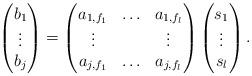
LaTeX: \begin{align*}\begin{pmatrix} b_1 \\ \vdots \\ b_j\end{pmatrix}=\begin{pmatrix} a_{1,f_1} & \hdots & a_{1,f_l} \\ \vdots & & \vdots \\ a_{j,f_1} & \hdots & a_{j,f_l}\end{pmatrix}\begin{pmatrix} s_1 \\ \vdots \\ s_l\end{pmatrix}.\end{align*}